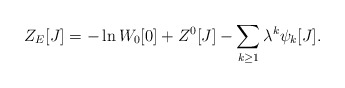
\begin{align*}Z_{E}[J]= -\ln W_{0}[0]+ Z^{0}[J] - \sum_{k\geq 1} \lambda^{k} \psi_{k}[J].\end{align*}